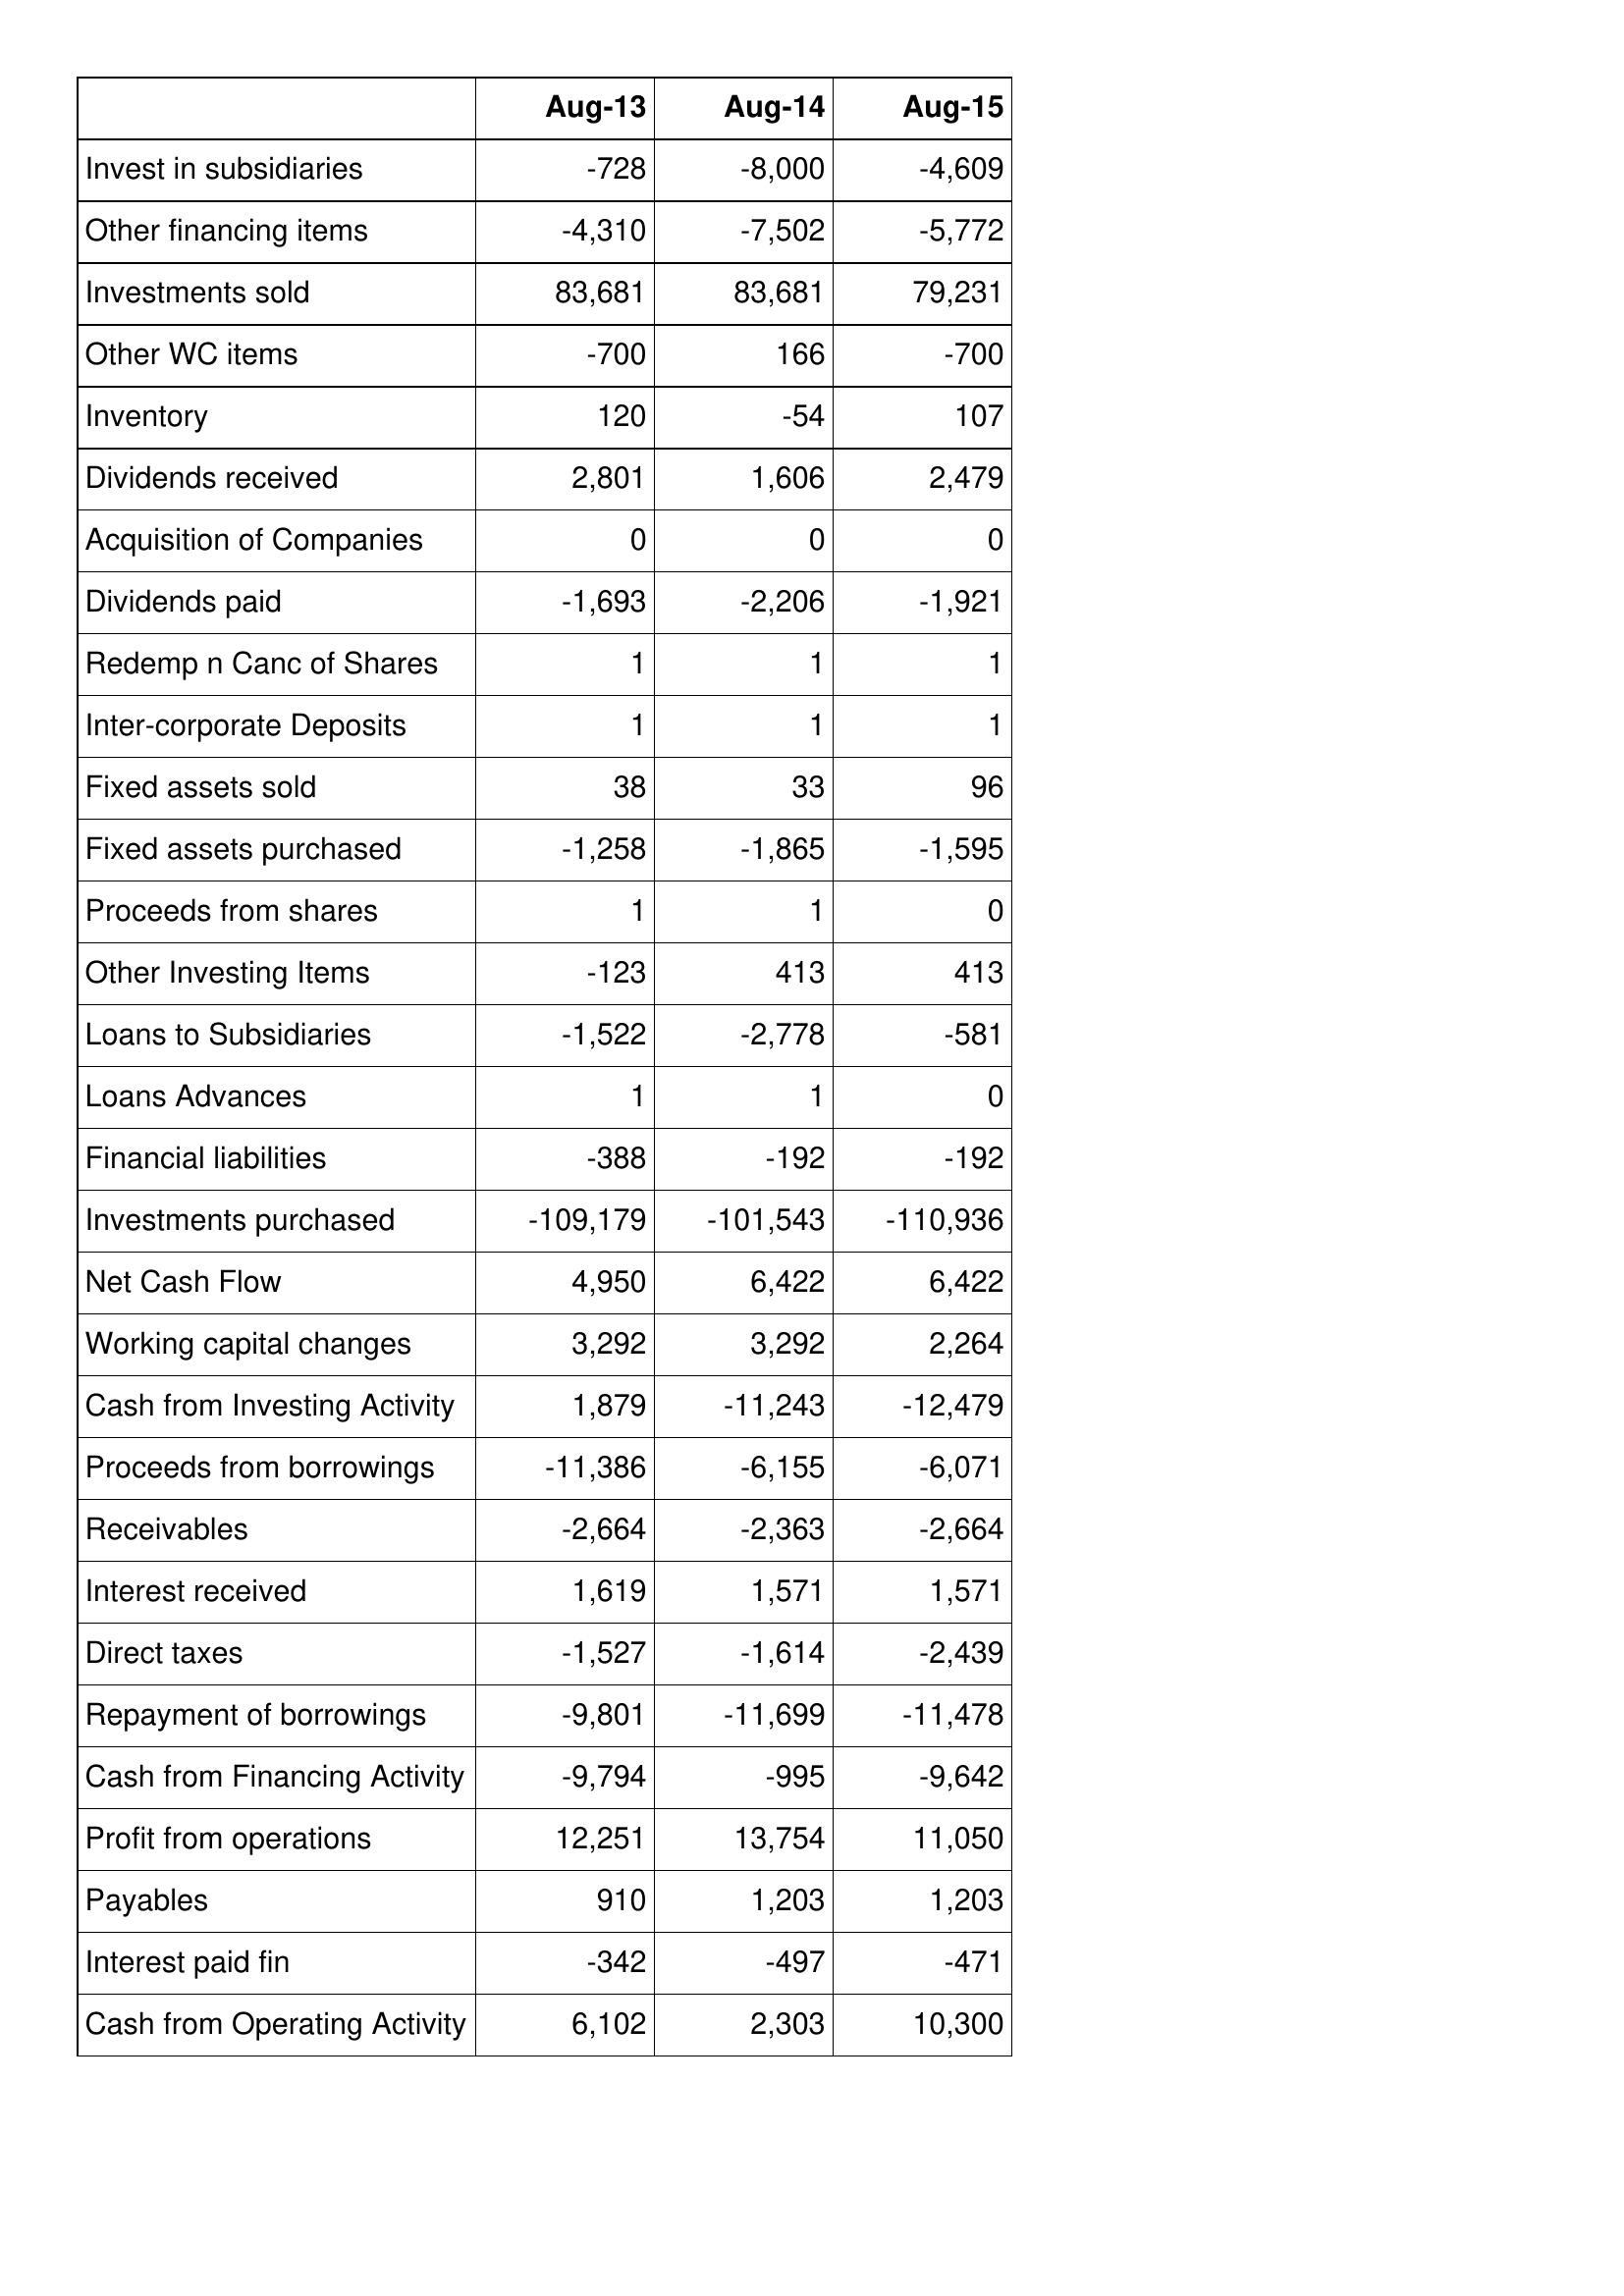
Aug-13: Cash Flows: Invest in subsidiaries: -728
Other financing items: -4,310
Investments sold: 83,681
Other WC items: -700
Inventory: 120
Dividends received: 2,801
Acquisition of Companies: 0
Dividends paid: -1,693
Redemp n Canc of Shares: 1
Inter-corporate Deposits: 1
Fixed assets sold: 38
Fixed assets purchased: -1,258
Proceeds from shares: 1
Other Investing Items: -123
Loans to Subsidiaries: -1,522
Loans Advances: 1
Financial liabilities: -388
Investments purchased: -109,179
Net Cash Flow: 4,950
Working capital changes: 3,292
Cash from Investing Activity: 1,879
Proceeds from borrowings: -11,386
Receivables: -2,664
Interest received: 1,619
Direct taxes: -1,527
Repayment of borrowings: -9,801
Cash from Financing Activity: -9,794
Profit from operations: 12,251
Payables: 910
Interest paid fin: -342
Cash from Operating Activity: 6,102
Aug-14: Cash Flows: Invest in subsidiaries: -8,000
Other financing items: -7,502
Investments sold: 83,681
Other WC items: 166
Inventory: -54
Dividends received: 1,606
Acquisition of Companies: 0
Dividends paid: -2,206
Redemp n Canc of Shares: 1
Inter-corporate Deposits: 1
Fixed assets sold: 33
Fixed assets purchased: -1,865
Proceeds from shares: 1
Other Investing Items: 413
Loans to Subsidiaries: -2,778
Loans Advances: 1
Financial liabilities: -192
Investments purchased: -101,543
Net Cash Flow: 6,422
Working capital changes: 3,292
Cash from Investing Activity: -11,243
Proceeds from borrowings: -6,155
Receivables: -2,363
Interest received: 1,571
Direct taxes: -1,614
Repayment of borrowings: -11,699
Cash from Financing Activity: -995
Profit from operations: 13,754
Payables: 1,203
Interest paid fin: -497
Cash from Operating Activity: 2,303
Aug-15: Cash Flows: Invest in subsidiaries: -4,609
Other financing items: -5,772
Investments sold: 79,231
Other WC items: -700
Inventory: 107
Dividends received: 2,479
Acquisition of Companies: 0
Dividends paid: -1,921
Redemp n Canc of Shares: 1
Inter-corporate Deposits: 1
Fixed assets sold: 96
Fixed assets purchased: -1,595
Proceeds from shares: 0
Other Investing Items: 413
Loans to Subsidiaries: -581
Loans Advances: 0
Financial liabilities: -192
Investments purchased: -110,936
Net Cash Flow: 6,422
Working capital changes: 2,264
Cash from Investing Activity: -12,479
Proceeds from borrowings: -6,071
Receivables: -2,664
Interest received: 1,571
Direct taxes: -2,439
Repayment of borrowings: -11,478
Cash from Financing Activity: -9,642
Profit from operations: 11,050
Payables: 1,203
Interest paid fin: -471
Cash from Operating Activity: 10,300